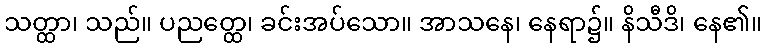
သတ္ထာ၊ သည်။ ပညတ္ထေ၊ ခင်းအပ်သော။ အာသနေ၊ နေရာ၌။ နိသီဒိ၊ နေ၏။